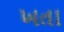
ખતા